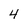
Character: 4